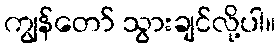
ကျွန်တော် သွားချင်လို့ပါ။